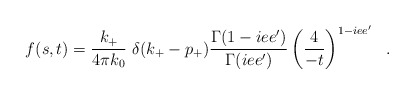
\begin{align*}f(s,t)= {k_+ \over 4\pi k_0}~{\delta(k_+ - p_+)}{\Gamma(1-iee') \over \Gamma (iee')}\left (4 \over-t \right )^{1-iee'}~~. \end{align*}